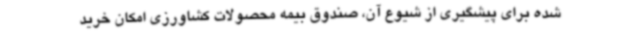
شده برای پیشگیری از شیوع آن، صندوق بیمه محصولات کشاورزی امکان خرید